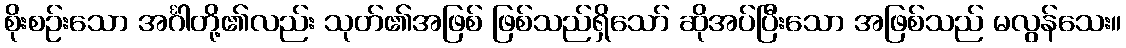
စိုးစဉ်းသော အင်္ဂါတို့၏လည်း သုတ်၏အဖြစ် ဖြစ်သည်ရှိသော် ဆိုအပ်ပြီးသော အဖြစ်သည် မလွန်သေး။